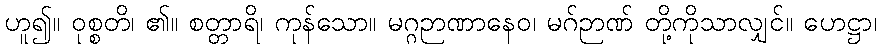
ဟူ၍။ ဝုစ္စတိ၊ ၏။ စတ္တာရိ၊ ကုန်သော။ မဂ္ဂဉာဏာနေဝ၊ မဂ်ဉာဏ် တို့ကိုသာလျှင်။ ဟေဋ္ဌာ၊